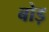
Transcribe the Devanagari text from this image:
बोड़